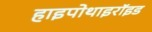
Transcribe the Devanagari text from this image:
हाइपोथाइरॉइड